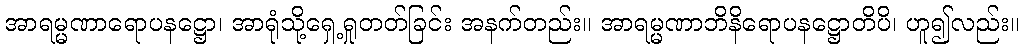
အာရမ္မဏာရောပနဋ္ဌော၊ အာရုံသို့ရှေ့ရှုတတ်ခြင်း အနက်တည်း။ အာရမ္မဏာဘိနိရောပနဋ္ဌောတိပိ၊ ဟူ၍လည်း။